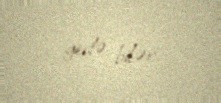
gedə bilər.